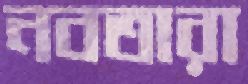
নবতারা